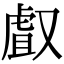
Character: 𠭯